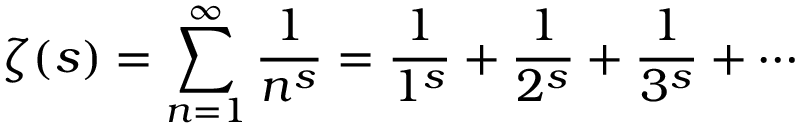
\zeta ( s ) = \sum _ { n = 1 } ^ { \infty } { \frac { 1 } { n ^ { s } } } = { \frac { 1 } { 1 ^ { s } } } + { \frac { 1 } { 2 ^ { s } } } + { \frac { 1 } { 3 ^ { s } } } + \cdots